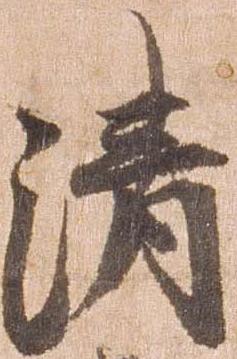
清